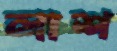
লাশ